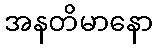
အနတိမာနော